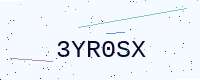
Text: 3YR0SX